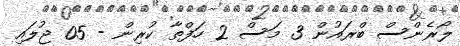
ލޯރެންސް ބްރައުން 3 މަސް 2 ހަފްތާ ކުރިން - 05 ޖުލައި